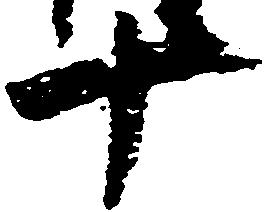
十